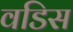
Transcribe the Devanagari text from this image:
वडिस